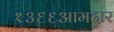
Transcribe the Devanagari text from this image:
१३६६आमदार